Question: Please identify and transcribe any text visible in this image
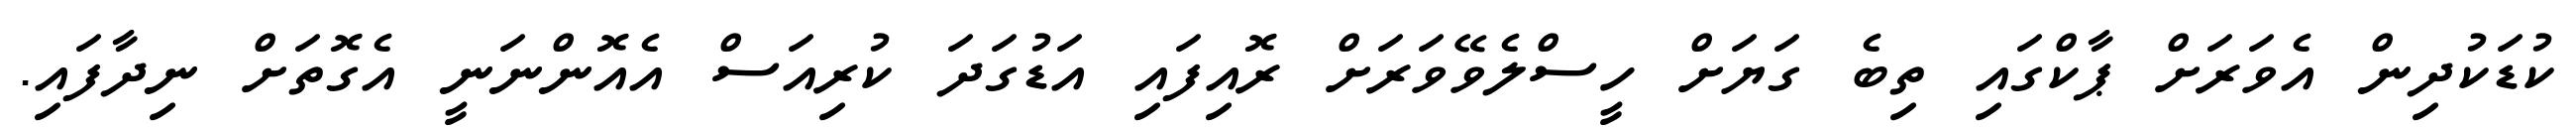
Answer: ކުޑަކުދިން އެވަރަށް ޕާކްގައި ތިބެ ގަޔަށް ހީސްލެވޭވަރަށް ރޮއިފައި އަޑުގަދަ ކުރިއަސް އެއޮންނަނީ އެގޮތަށް ނިދާފައި.